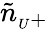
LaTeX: \tilde{n}_{{}_{U}+}